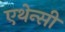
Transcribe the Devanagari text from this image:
एथेन्सी